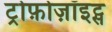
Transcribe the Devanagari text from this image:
ट्रोफ़ोज़ॉइट्स